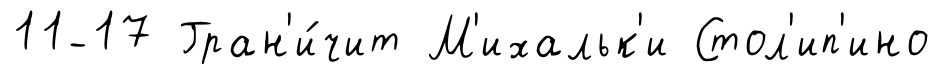
11-17 Гран'и́чит М'ихальк'и Стол'ип'ино